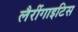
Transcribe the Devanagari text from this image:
लैरींगाइटिस